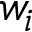
w _ { i }